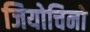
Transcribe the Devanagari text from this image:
जियोचिनो